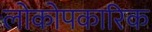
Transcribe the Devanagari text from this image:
लोकोपकारिक